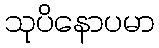
သုပိနောပမာ